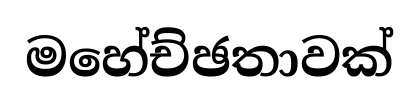
මහේච්ඡතාවක්